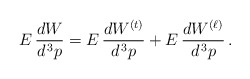
\begin{align*}E \, \frac{dW}{d^{\, 3} p} = E \, \frac{dW^{(t)}}{d^{\, 3} p} +E \, \frac{dW^{(\ell)}}{d^{\, 3} p} \, .\end{align*}